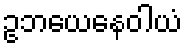
ဥဘယေနေဝါယံ